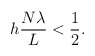
\begin{align*}h \frac{N \lambda}{L} < \frac{1}{2}.\end{align*}